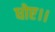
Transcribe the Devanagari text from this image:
धोए।।